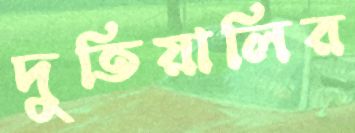
দুতিয়ালির